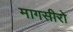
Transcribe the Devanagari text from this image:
मागसीरो